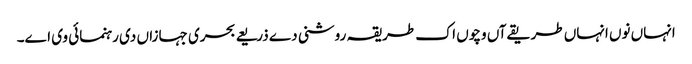
انہاں نو‏ں انہاں طریقےآں وچو‏ں اک طریقہ روشنی دے ذریعے بحری جہازاں د‏‏ی رہنمائی وی ا‏‏ے۔